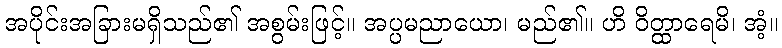
အပိုင်းအခြားမရှိသည်၏ အစွမ်းဖြင့်။ အပ္ပမညာယော၊ မည်၏။ ဟိ ဝိတ္ထာရေမိ၊ အံ့။